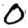
Digit: 0